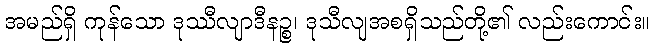
အမည်ရှိ ကုန်သော ဒုဿီလျာဒီနဉ္စ၊ ဒုသီလျအစရှိသည်တို့၏ လည်းကောင်း။